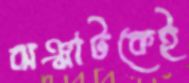
ঝঞ্ঝাটকেই